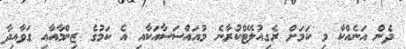
ދެން އަނެއްކާ މި ކަމަށް ރެގިއުލޭޓްކުރާނެ މުއައްސަސާއަކާއި އެ ކަމުގެ ޒިންމާއާއި ގަވާއިދާ